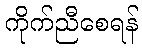
ကိုက်ညီစေရန်